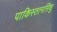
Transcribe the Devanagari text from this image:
पाकिस्तानसिंधु